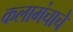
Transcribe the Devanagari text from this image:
कलामंचाचे